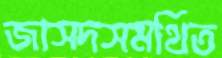
জাসদসমর্থিত